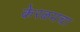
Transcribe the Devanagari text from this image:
केरळमचा